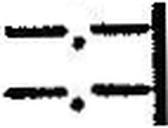
—.—